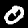
Digit: 0